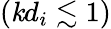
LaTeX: (\mathit{k}d_{i}\lesssim1)